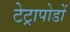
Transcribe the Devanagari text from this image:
टेट्रापोडों